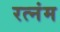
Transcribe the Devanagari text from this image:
रत्नंम